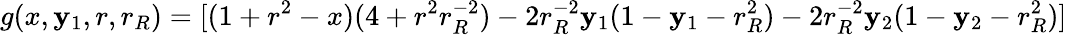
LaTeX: g(x,\mathbf{y}_{1},r,r_{R})=[(1+r^{2}-x)(4+r^{2}r_{R}^{-2})-2r_{R}^{-2}\mathbf{y}_{1}(1-\mathbf{y}_{1}-r_{R}^{2})-2r_{R}^{-2}\mathbf{y}_{2}(1-\mathbf{y}_{2}-r_{R}^{2})]